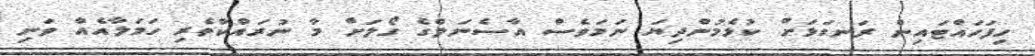
ހިފަހައްޓައިން ރަނގަޅަށް ކުޅެމުންދިޔަ ނަމަވެސް އާސެނަލްގެ ގޯލަށް މާ ނުރައްކާތެރި ހަމަލާއެއް ވަނި